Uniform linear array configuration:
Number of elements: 48
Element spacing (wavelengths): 1
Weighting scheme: binomial
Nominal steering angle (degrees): -15
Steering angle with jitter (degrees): -15.029
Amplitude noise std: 0.05
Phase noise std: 0.05

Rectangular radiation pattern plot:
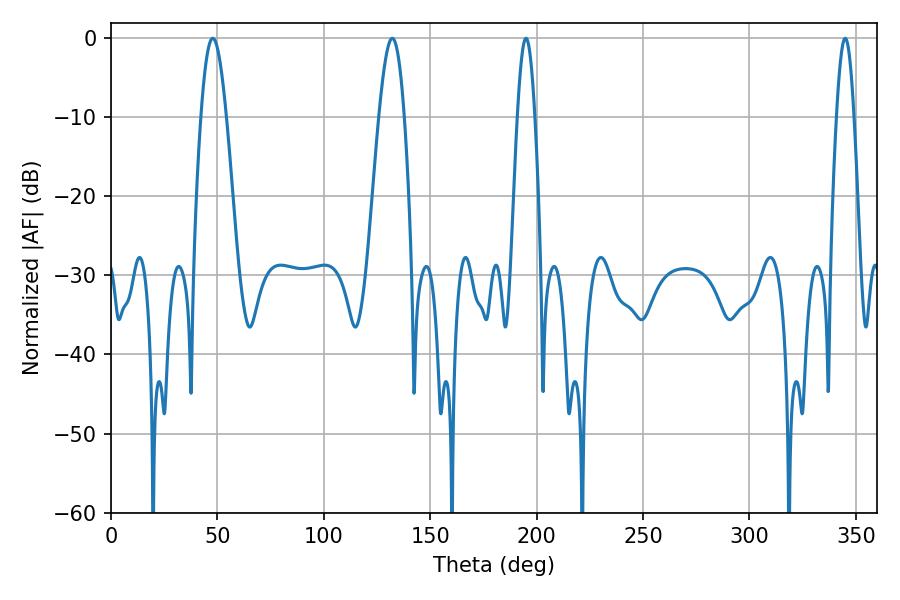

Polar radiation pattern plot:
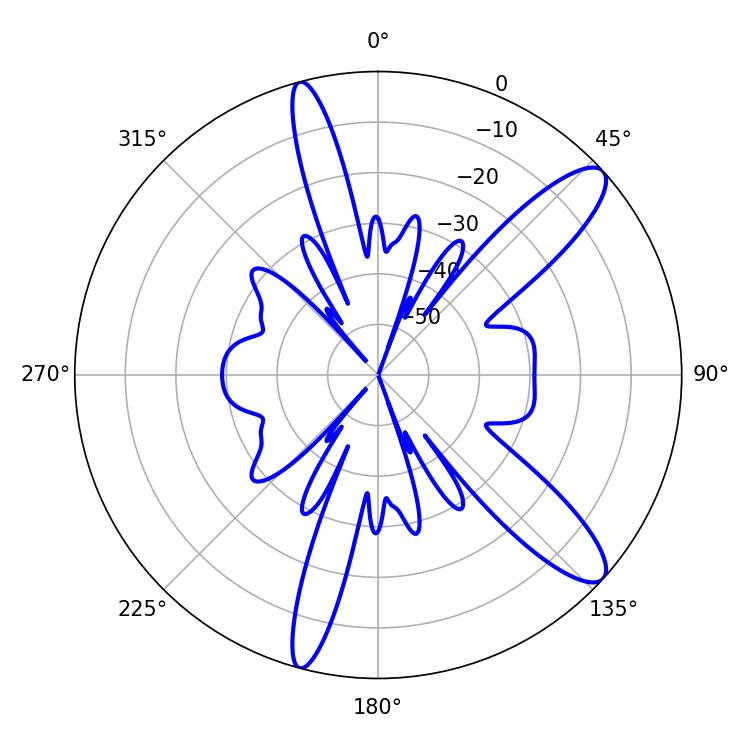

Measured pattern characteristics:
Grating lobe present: TRUE
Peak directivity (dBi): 11.6
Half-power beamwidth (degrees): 6.3
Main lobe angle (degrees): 47.88